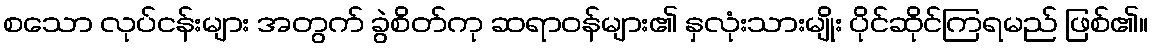
စသော လုပ်ငန်းများ အတွက် ခွဲစိတ်ကု ဆရာဝန်များ၏ နှလုံးသားမျိုး ပိုင်ဆိုင်ကြရမည် ဖြစ်၏။